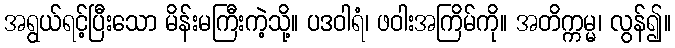
အရွယ်ရင့်ပြီးသော မိန်းမကြီးကဲ့သို့။ ပဒဝါရံ၊ ဖဝါးအကြိမ်ကို။ အတိက္ကမ္မ၊ လွန်၍။